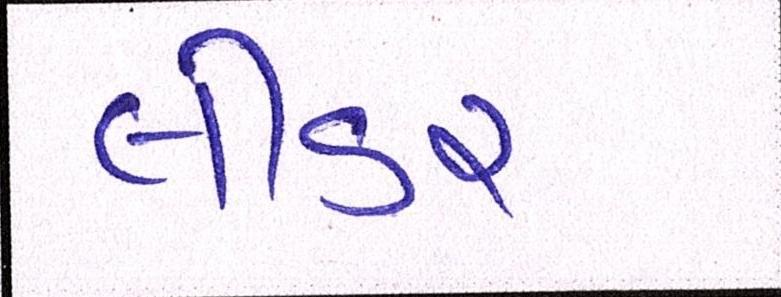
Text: લીડર